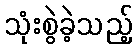
သုံးစွဲခဲ့သည့်